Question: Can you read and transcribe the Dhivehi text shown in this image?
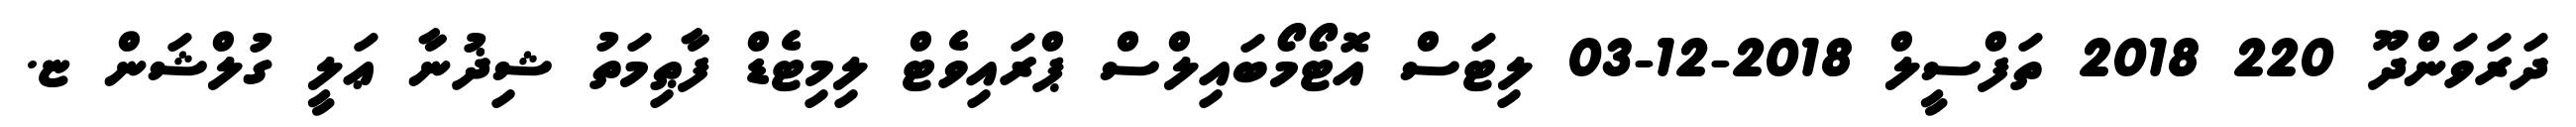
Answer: ދަރަވަންދޫ 220 2018 ތަފްސީލް 2018-12-03 ލިޓަސް އޮޓޯމޯބައިލްސް ޕްރައިވެޓް ލިމިޓެޑް ފާޠިމަތު ޝިޛުނާ ޢަލީ ގުލްޝަން ޏ.